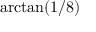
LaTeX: \arctan ( 1 / 8 )